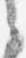
之